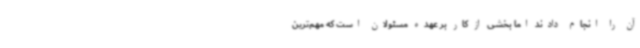
آن را انجام دادند اما بخشی از کار بر عهده مسئولان است که مهم‌ترین